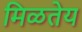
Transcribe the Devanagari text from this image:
मिळतेय